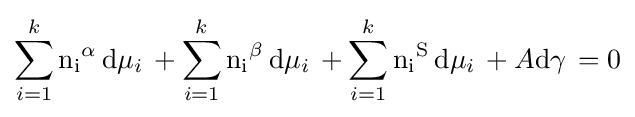
\sum _{i=1}^{k}\mathrm {n_{i}} ^{\alpha }\,\mathrm {d} \mu _{i}\,+\sum _{i=1}^{k}\mathrm {n_{i}} ^{\beta }\,\mathrm {d} \mu _{i}\,+\sum _{i=1}^{k}\mathrm {n_{i}} ^{\mathrm {S} }\,\mathrm {d} \mu _{i}\,+A\mathrm {d} \gamma \,=0